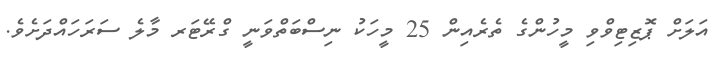
އަލަށް ޕޮޒިޓިވްވި މީހުންގެ ތެރެއިން 25 މީހަކު ނިސްބަތްވަނީ ގްރޭޓަރ މާލެ ސަރަހައްދަށެވެ.